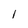
Character: l